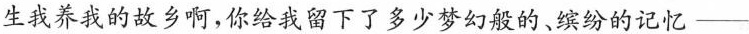
生我养我的故乡啊，你给我留下了多少梦幻般的、缤纷的记忆——